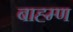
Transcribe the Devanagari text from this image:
बाह्म्ण